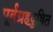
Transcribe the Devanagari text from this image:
पूर्वग्रहदुषित